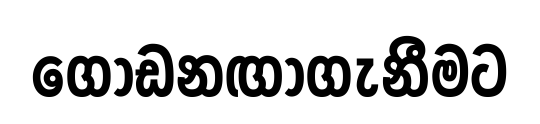
ගොඩනඟාගැනීමට